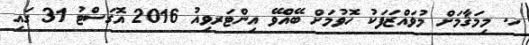
ހ. މިމަޤާމަށް މުވައްޒަފަކު ހޮވުމަށް ބޭއްވޭ އިންޓަރވިއު 2016 އޮގަސްޓު 31 ގައި